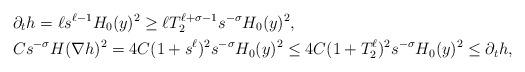
LaTeX: \begin{align*} & \partial_t h = \ell s^{\ell - 1}H_0(y)^2 \ge\ell T_2^{\ell+\sigma-1}s^{-\sigma}H_0(y)^2,\\ & Cs^{-\sigma} H(\nabla h)^2 = 4C(1+s^\ell)^2 s^{-\sigma}H_0(y)^2 \le 4C(1+T_2^\ell)^2 s^{-\sigma}H_0(y)^2 \le \partial_t h,\end{align*}